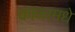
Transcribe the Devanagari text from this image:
काळामधे